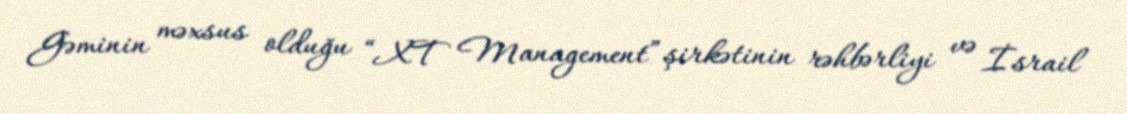
Gəminin məxsus olduğu “XT Management” şirkətinin rəhbərliyi və İsrail